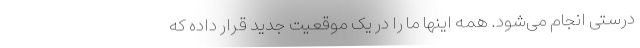
درستی انجام می‌شود. همه اینها ما را در یک موقعیت جدید قرار داده که